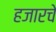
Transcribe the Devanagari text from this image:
हजारचे